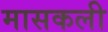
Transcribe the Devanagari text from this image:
मासकली